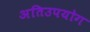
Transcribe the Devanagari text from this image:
अतिउपयोग